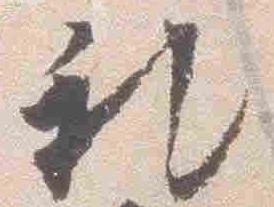
礼